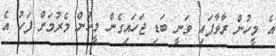
އެ މީހުން ރާވާފައި ވަނީ ބަޑި ޖަހައިގެން މީހުން މެރުމަށް ފަހު އެ